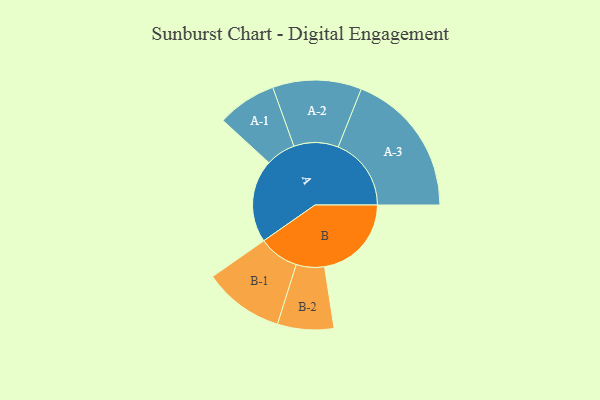
{"axis": {"x": "Segment", "y": "Value"}, "legend": ["", "A", "B"], "data": [{"x": "A", "y": 336, "type": ""}, {"x": "B", "y": 352, "type": ""}, {"x": "A-1", "y": 120, "type": "A"}, {"x": "A-2", "y": 180, "type": "A"}, {"x": "A-3", "y": 296, "type": "A"}, {"x": "B-1", "y": 163, "type": "B"}, {"x": "B-2", "y": 114, "type": "B"}]}